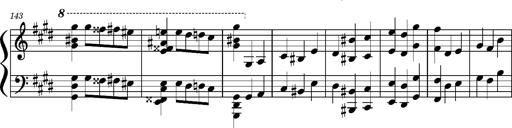
Title: Concerto sans orchestre, S.524a
Composer: Franz Liszt
Key: A major